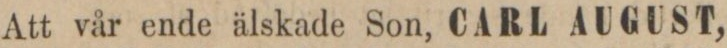
Att vår ende älskade Son, CARL AUGUST,